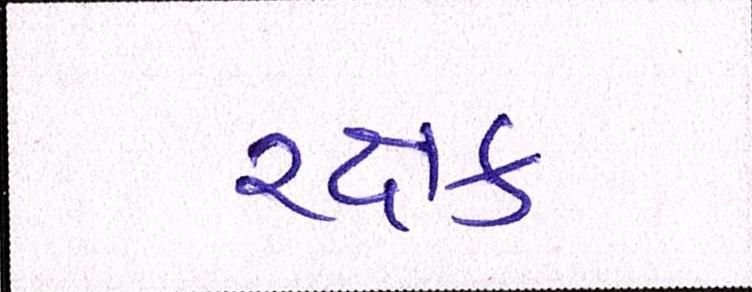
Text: રક્ષક